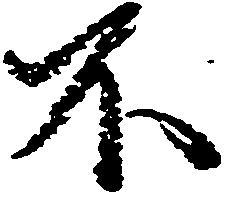
不